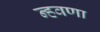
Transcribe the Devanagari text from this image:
न्हवणा